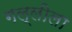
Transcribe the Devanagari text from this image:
गल्लीला